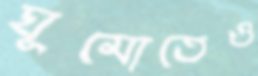
ঘুমোতেও